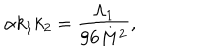
LaTeX: \alpha k _ { 1 } k _ { 2 } = \frac { \Lambda _ { 1 } } { 9 6 M ^ { 2 } } ,